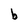
Character: b